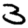
Digit: 3